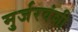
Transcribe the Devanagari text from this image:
मुर्जरवंशी